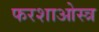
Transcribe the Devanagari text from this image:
फरशाओस्त्र